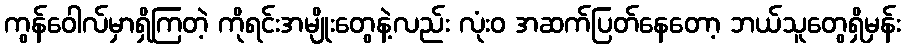
ကွန်ဝေါလ်မှာရှိကြတဲ့ ကိုရင်းအမျိုးတွေနဲ့လည်း လုံးဝ အဆက်ပြတ်နေတော့ ဘယ်သူတွေရှိမှန်း